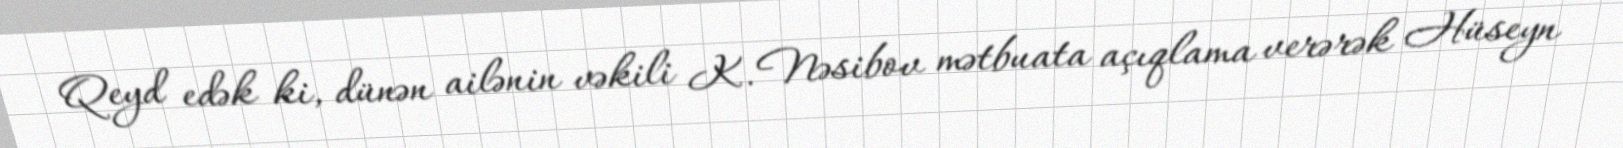
Qeyd edək ki, dünən ailənin vəkili K. Nəsibov mətbuata açıqlama verərək Hüseyn